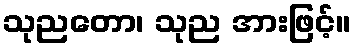
သုညတော၊ သုည အားဖြင့်။